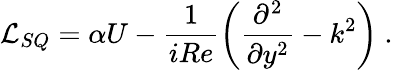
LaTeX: \mathcal{L}_{SQ}=\alpha U-\frac{1}{iRe}\left(\frac{\partial^{2}}{\partial y^{2}}-k^{2}\right)\mathrm{~.~}